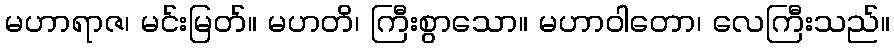
မဟာရာဇ၊ မင်းမြတ်။ မဟတိ၊ ကြီးစွာသော။ မဟာဝါတော၊ လေကြီးသည်။